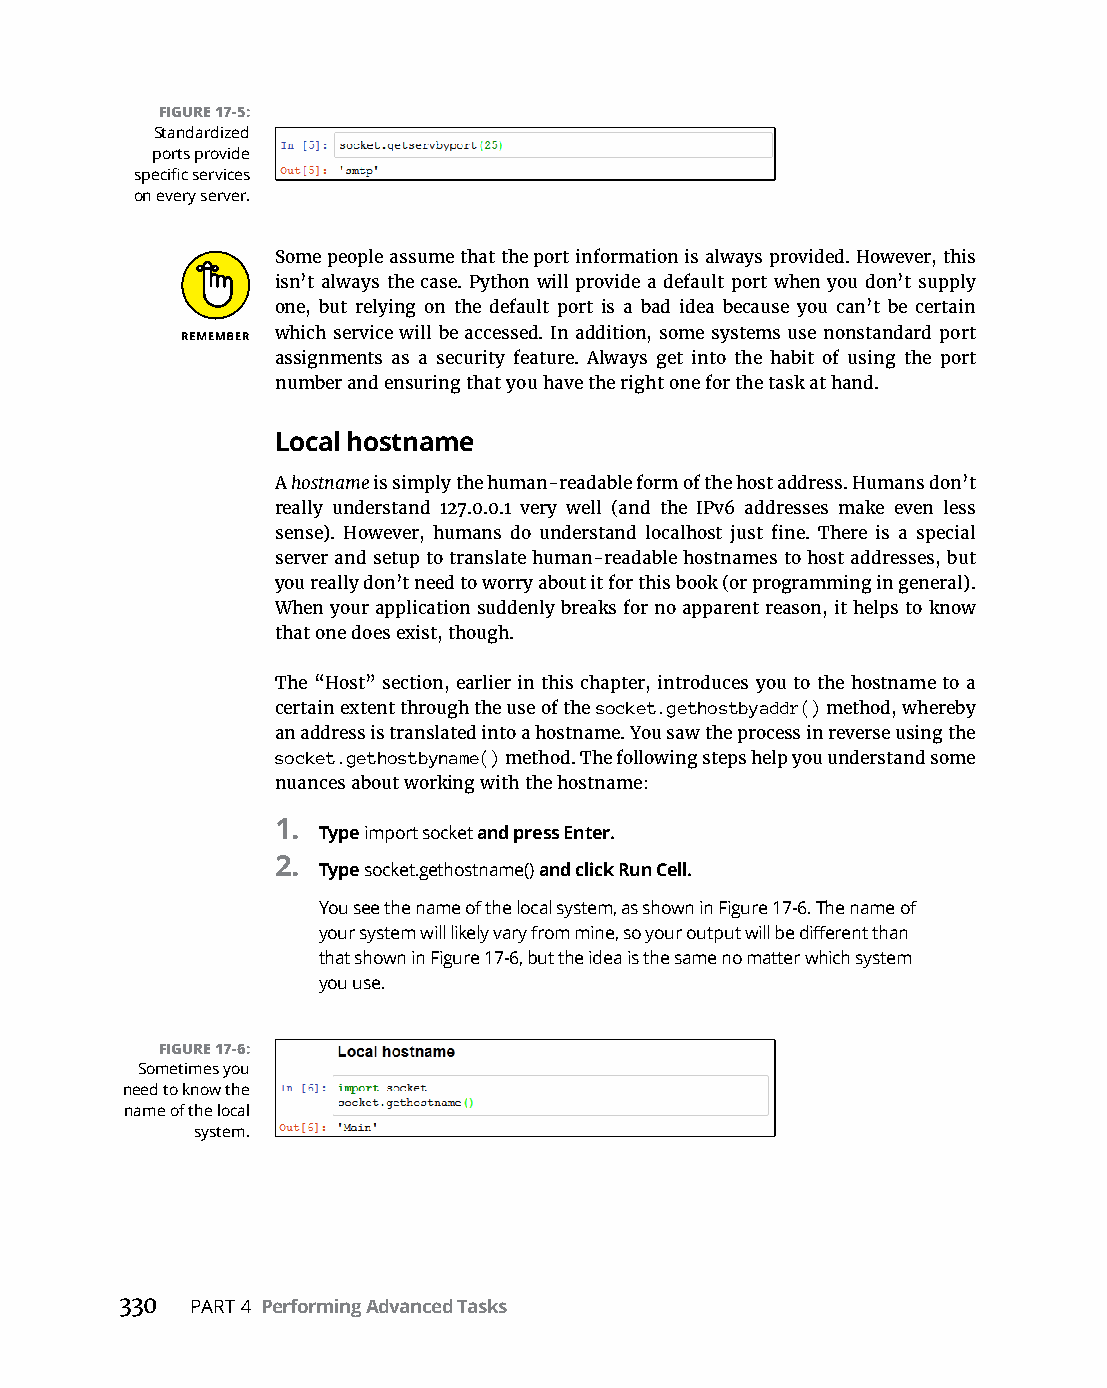
FIGURE 17-5:
 Standardized
 ports provide
 specific services
 on every server.
 Some people assume that the port information is always provided. However, this
 isn’t always the case. Python will provide a default port when you don’t supply
 one, but relying on the default port is a bad idea because you can’t be certain
 which service will be accessed. In addition, some systems use nonstandard port
 assignments as a security feature. Always get into the habit of using the port
 number and ensuring that you have the right one for the task at hand.
 Local hostname
 A hostname is simply the human-readable form of the host address. Humans don’t
 really understand 127.0.0.1 very well (and the IPv6 addresses make even less
 sense). However, humans do understand localhost just fine. There is a special
 server and setup to translate human-readable hostnames to host addresses, but
 you really don’t need to worry about it for this book (or programming in general).
 When your application suddenly breaks for no apparent reason, it helps to know
 that one does exist, though.
 The “Host” section, earlier in this chapter, introduces you to the hostname to a
 certain extent through the use of the socket.gethostbyaddr() method, whereby
 an address is translated into a hostname. You saw the process in reverse using the
 socket.gethostbyname() method. The following steps help you understand some
 nuances about working with the hostname:
 1.
 Type import socket and press Enter.
 2.
 Type socket.gethostname() and click Run Cell.
 You see the name of the local system, as shown in Figure 17-6. The name of
 your system will likely vary from mine, so your output will be different than
 that shown in Figure 17-6, but the idea is the same no matter which system
 you use.
 FIGURE 17-6:
 Sometimes you
 need to know the
 name of the local
 system.
 330  PART 4 Performing Advanced Tasks